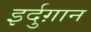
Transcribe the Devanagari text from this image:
इर्दुग़ान